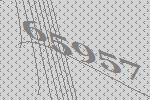
65957